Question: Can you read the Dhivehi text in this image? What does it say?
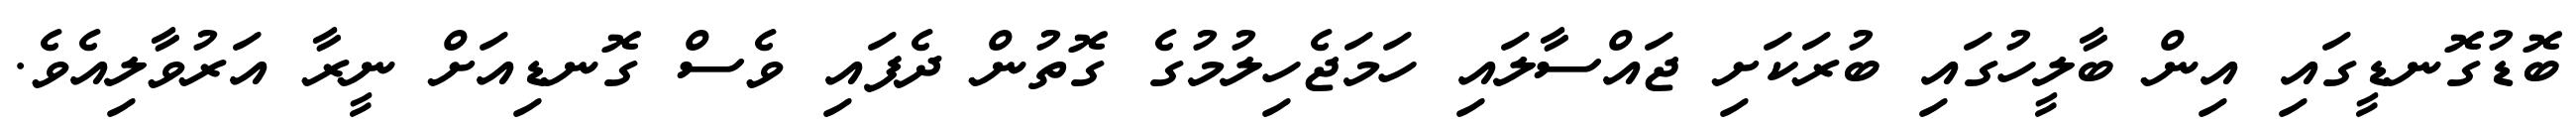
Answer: ބޮޑުގޮނޑީގައި އިން ބާލީހުގައި ބުރަކަށި ޖައްސާލައި ހަމަޖެހިލުމުގެ ގޮތުން ދެފައި ވެސް ގޮނޑިއަށް ނީރާ އަރުވާލިއެވެ.